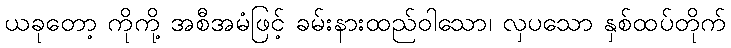
ယခုတော့ ကိုကို့ အစီအမံဖြင့် ခမ်းနားထည်ဝါသော၊ လှပသော နှစ်ထပ်တိုက်